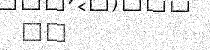
٢٥